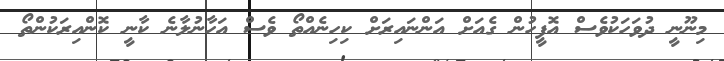
މިނޫނީ ދުވަހަކުވެސް އޮފީހުން ގެއަށް އަންނައިރަށް ކިހިނެއްތޯ ވެސް އަހާނުލާނެ ކާނީ ކޮންއިރަކުންތޯ